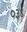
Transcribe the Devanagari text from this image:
०३४